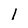
Character: 1